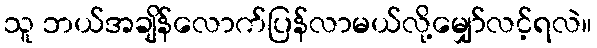
သူ ဘယ်အချိန်လောက်ပြန်လာမယ်လို့မျှော်လင့်ရလဲ။